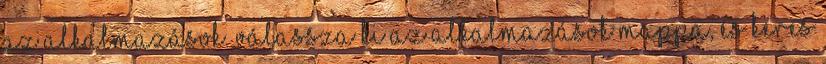
az alkalmazások. Válassza ki az alkalmazások mappa, és keres